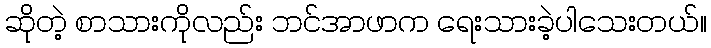
ဆိုတဲ့ စာသားကိုလည်း ဘင်အာဖာက ရေးသားခဲ့ပါသေးတယ်။